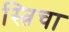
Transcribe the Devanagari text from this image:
स्त्रिचा